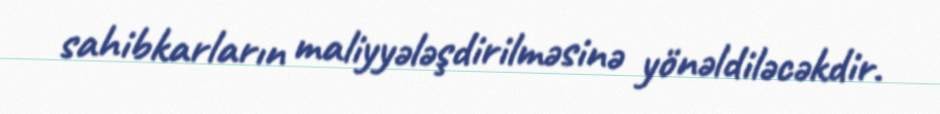
sahibkarların maliyyələşdirilməsinə yönəldiləcəkdir.